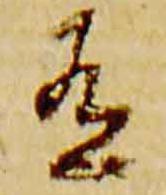
有